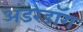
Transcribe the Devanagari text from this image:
अंडरडाॅग